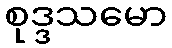
စုဒ္ဒသမော